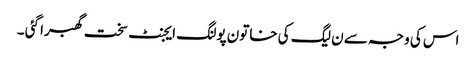
اس کی وجہ سے ن لیگ کی خاتون پولنگ ایجنٹ سخت گھبرا گئی ۔